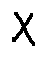
X